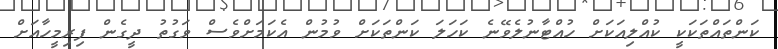
ކަންތައްތަކަކީ ކުއްލިއަކަށް ހުއްޓާނުލެވޭނެ ކަހަލަ ކަންތަކަށް ވުމުން އެކަމަށްވެސް ވަގުތު ދީގެން ފިރިމީހާއަށް